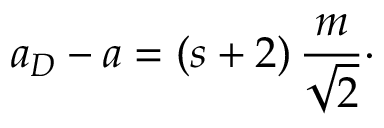
a _ { D } - a = ( s + 2 ) \, { \frac { m } { \sqrt { 2 } } } \cdotp